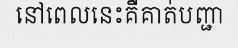
នៅពេលនេះគឺគាត់បញ្ជា